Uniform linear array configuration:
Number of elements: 4
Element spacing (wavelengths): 1
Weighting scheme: kaiser
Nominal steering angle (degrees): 0
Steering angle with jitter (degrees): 1.663
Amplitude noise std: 0.05
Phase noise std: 0.05

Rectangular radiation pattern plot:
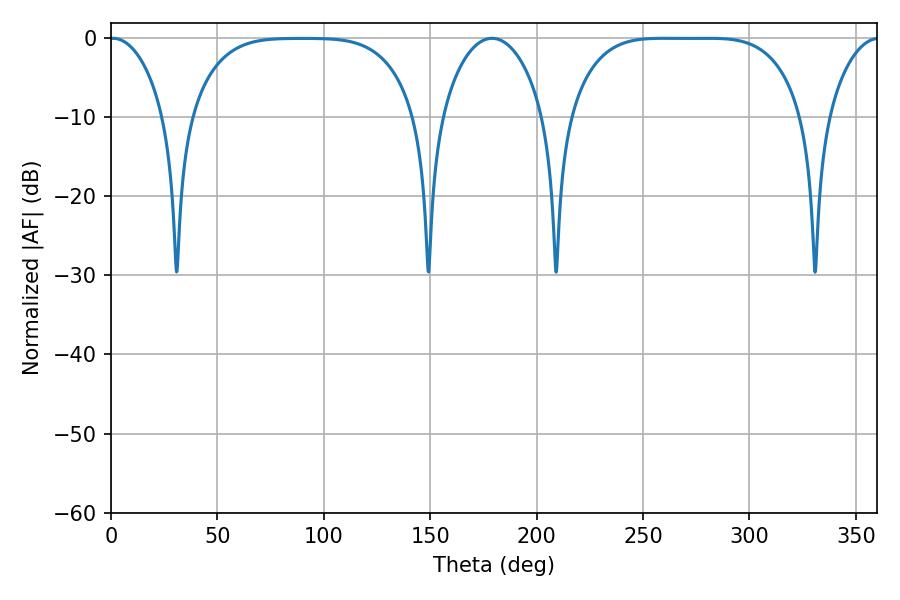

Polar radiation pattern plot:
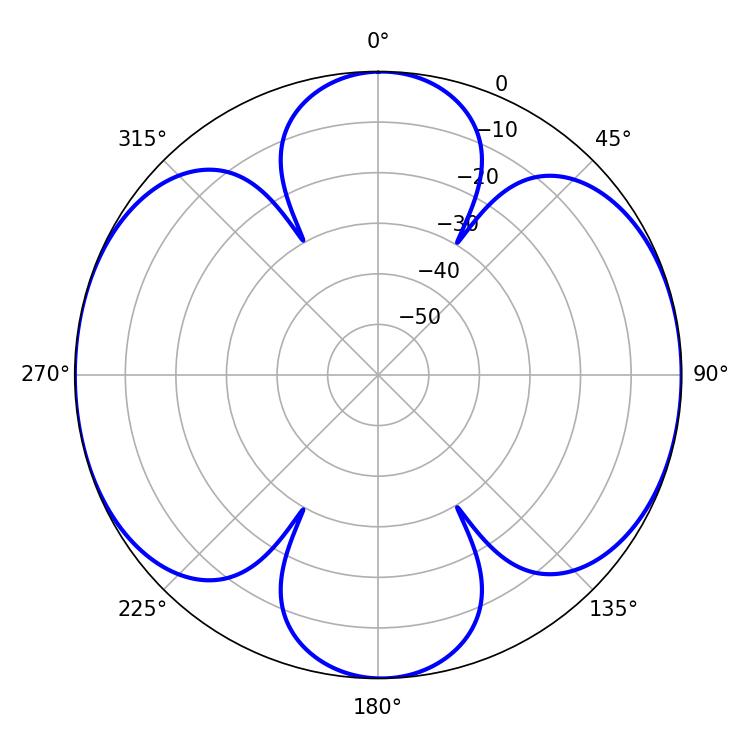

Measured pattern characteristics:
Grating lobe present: TRUE
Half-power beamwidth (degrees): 83.16
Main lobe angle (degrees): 259.56